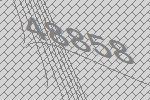
48858